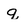
Character: q